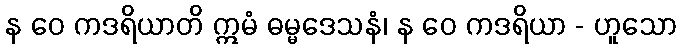
န ဝေ ကဒရိယာတိ ဣမံ ဓမ္မဒေသနံ၊ န ဝေ ကဒရိယာ - ဟူသော